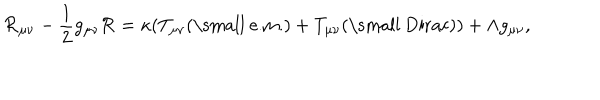
{ \cal R } _ { \mu \nu } - \frac { 1 } { 2 } g _ { \mu \nu } { \cal R } = \kappa ( T _ { \mu \nu } ( \mathrm { \small ~ e . m . } ) + T _ { \mu \nu } ( \mathrm { \small ~ D i r a c } ) ) + \Lambda g _ { \mu \nu } ,